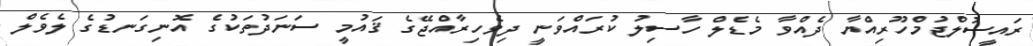
ރައީސުލްޖުމްހޫރިއްޔާ ދެއްވާ މެޑެލް ހާސިލު ކުރައްވަނީ ދިވެހިރާއްޖޭގެ ޤައުމީ ސަނަދުތަކުގެ އޮނިގަނޑުގެ ލެވެލް